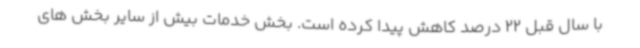
با سال قبل 22 درصد کاهش پیدا کرده است. بخش خدمات بیش از سایر بخش های